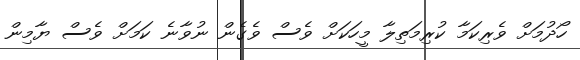
ހޯދުމަށް ވެރިކަމާ ކުރިމަތިލާ މީހަކަށް ވެސް ވެގެން ނުވާނެ ކަމަށް ވެސް ޔާމިން